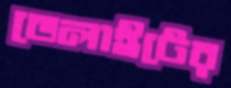
ডেলাইটের